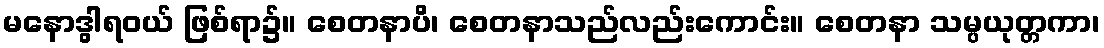
မနောဒွါရဝယ် ဖြစ်ရာ၌။ စေတနာပိ၊ စေတနာသည်လည်းကောင်း။ စေတနာ သမ္ပယုတ္တကာ၊